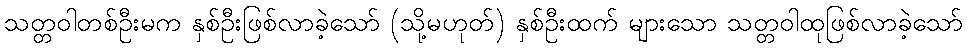
သတ္တဝါတစ်ဦးမက နှစ်ဦးဖြစ်လာခဲ့သော် (သို့မဟုတ်) နှစ်ဦးထက် များသော သတ္တဝါထုဖြစ်လာခဲ့သော်